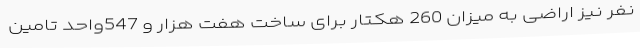
نفر نیز اراضی به میزان 260 هکتار برای ساخت هفت هزار و 547واحد تامین